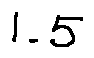
1 . 5